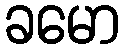
ခမော